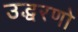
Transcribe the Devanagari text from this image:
उद्धरणो